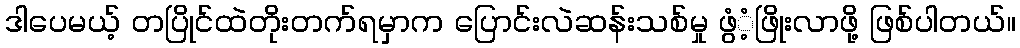
ဒါပေမယ့် တပြိုင်ထဲတိုးတက်ရမှာက ပြောင်းလဲဆန်းသစ်မှု ဖွံံ့ဖြိုးလာဖို့ ဖြစ်ပါတယ်။